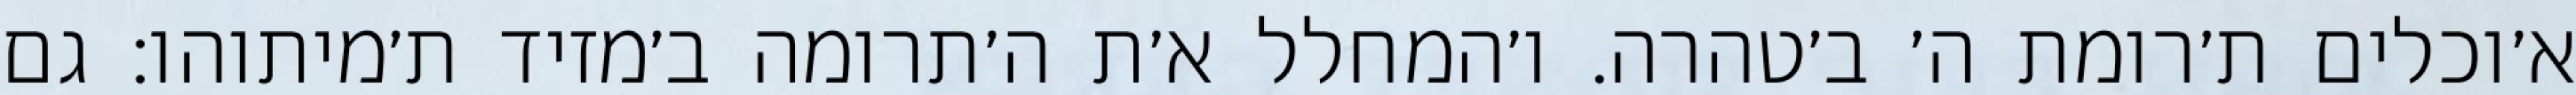
א׳וכלים ת׳רומת ה׳ ב׳טהרה. ו׳המחלל א׳ת ה׳תרומה ב׳מזיד ת׳מיתוהו: גם